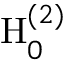
\mathrm { H } _ { 0 } ^ { ( 2 ) }